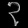
Digit: ၃